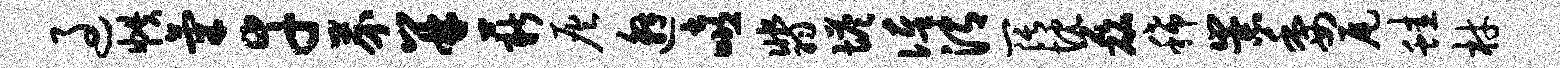
过帙气幸芥并薪灰邂嘻翡塔俸渭阔忱磊稀崇委尾蛙材